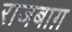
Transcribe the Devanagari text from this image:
राजबाग़